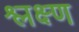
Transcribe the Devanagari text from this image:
श्लक्ष्ण